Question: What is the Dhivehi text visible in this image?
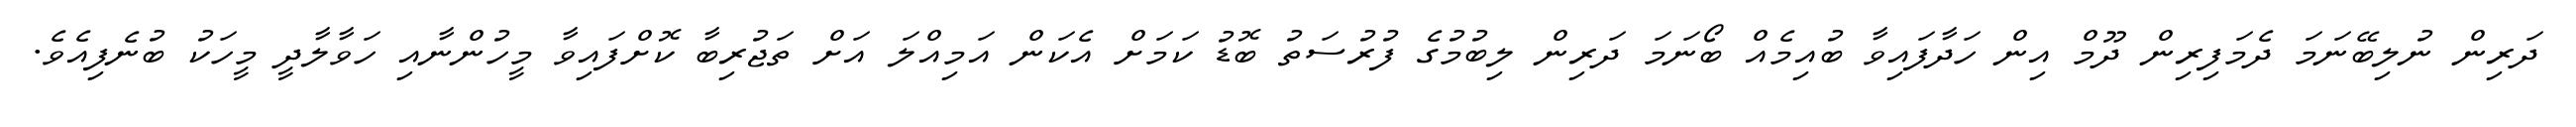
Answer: ދަރިން ނުލިބޭނަމަ ދެމަފިރިން ދޫމް އިން ހަދާފައިވާ ބުއިމެއް ބޯނަމަ ދަރިން ލިބުމުގެ ފުރުސަތު ބޮޑު ކަމަށް އެކަން އަމިއްލަ އަށް ތަޖުރިބާ ކޮށްފައިވާ މީހުންނާއި ހަވާލާދީ މީހަކު ބުނެފިއެވެ.